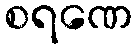
စရဏေ